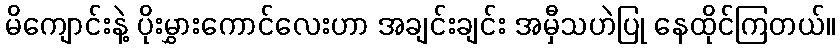
မိကျောင်းနဲ့ ပိုးမွှားကောင်လေးဟာ အချင်းချင်း အမှီသဟဲပြု နေထိုင်ကြတယ်။